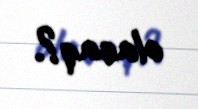
olacaq?.